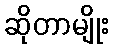
ဆိုတာမျိုး